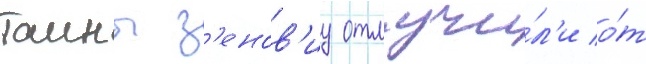
таины з'енов'иу отлучи́л'и о́т